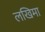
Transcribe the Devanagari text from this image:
लखिमा